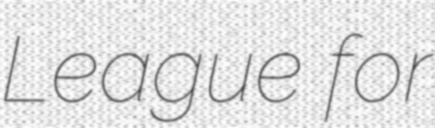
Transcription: League for